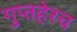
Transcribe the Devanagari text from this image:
गुप्तहेरच